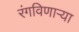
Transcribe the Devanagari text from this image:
रंगविणाऱ्या